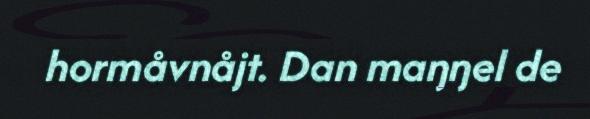
hormåvnåjt. Dan maŋŋel de